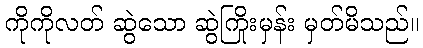
ကိုကိုလတ် ဆွဲသော ဆွဲကြိုးမှန်း မှတ်မိသည်။